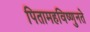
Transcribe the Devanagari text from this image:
पितामहविष्णुनते